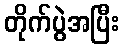
တိုက်ပွဲအပြီး